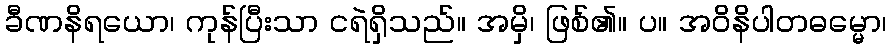
ခီဏနိရယော၊ ကုန်ပြီးသာ ငရဲရှိသည်။ အမှိ၊ ဖြစ်၏။ ပ။ အဝိနိပါတဓမ္မော၊